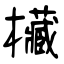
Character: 欌